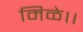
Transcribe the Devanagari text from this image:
मिळे।।